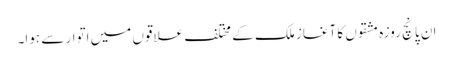
ان پانچ روزہ مشقوں کا آغاز ملک کے مختلف علاقوں میں اتوار سے ہوا۔